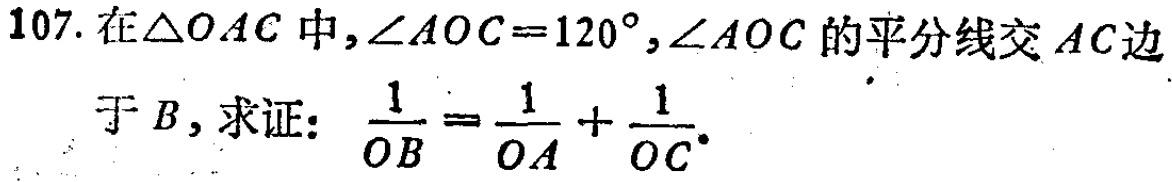
107. 在$\triangle OAC$中，$\angle AOC = 120^{\circ}$，$\angle AOC$的平分线交$AC$边

于$B$，求证：$\frac{1}{OB}=\frac{1}{OA}+\frac{1}{OC}$。